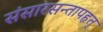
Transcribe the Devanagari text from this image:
संसारसन्तापहृत्